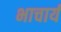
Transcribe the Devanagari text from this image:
भाचार्य